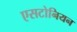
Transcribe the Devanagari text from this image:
एसटोनियन